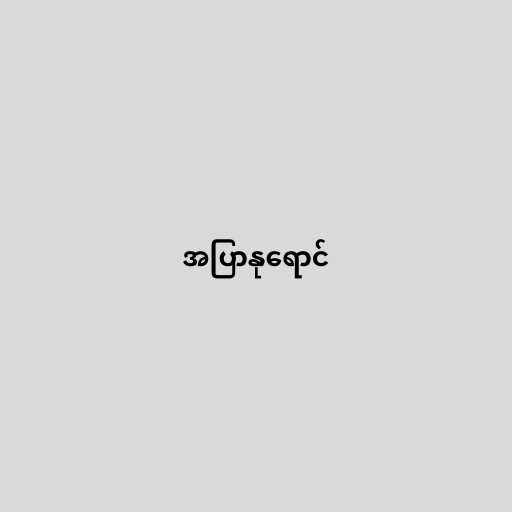
အပြာနုရောင်